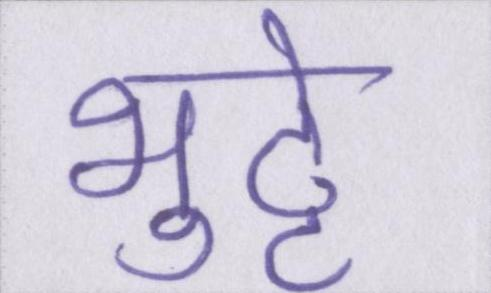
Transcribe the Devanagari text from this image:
भुट्टे